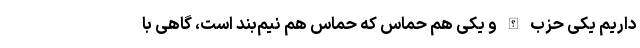
داریم یکی حزب الله و یکی هم حماس که حماس هم نیم‌بند است، گاهی با